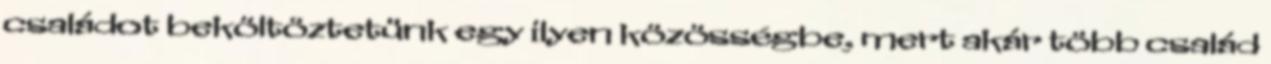
családot beköltöztetünk egy ilyen közösségbe, mert akár több család